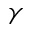
\gamma